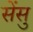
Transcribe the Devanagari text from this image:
सेंसु